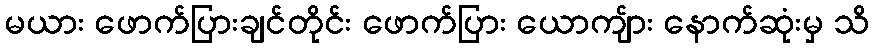
မယား ဖောက်ပြားချင်တိုင်း ဖောက်ပြား ယောကျ်ား နောက်ဆုံးမှ သိ